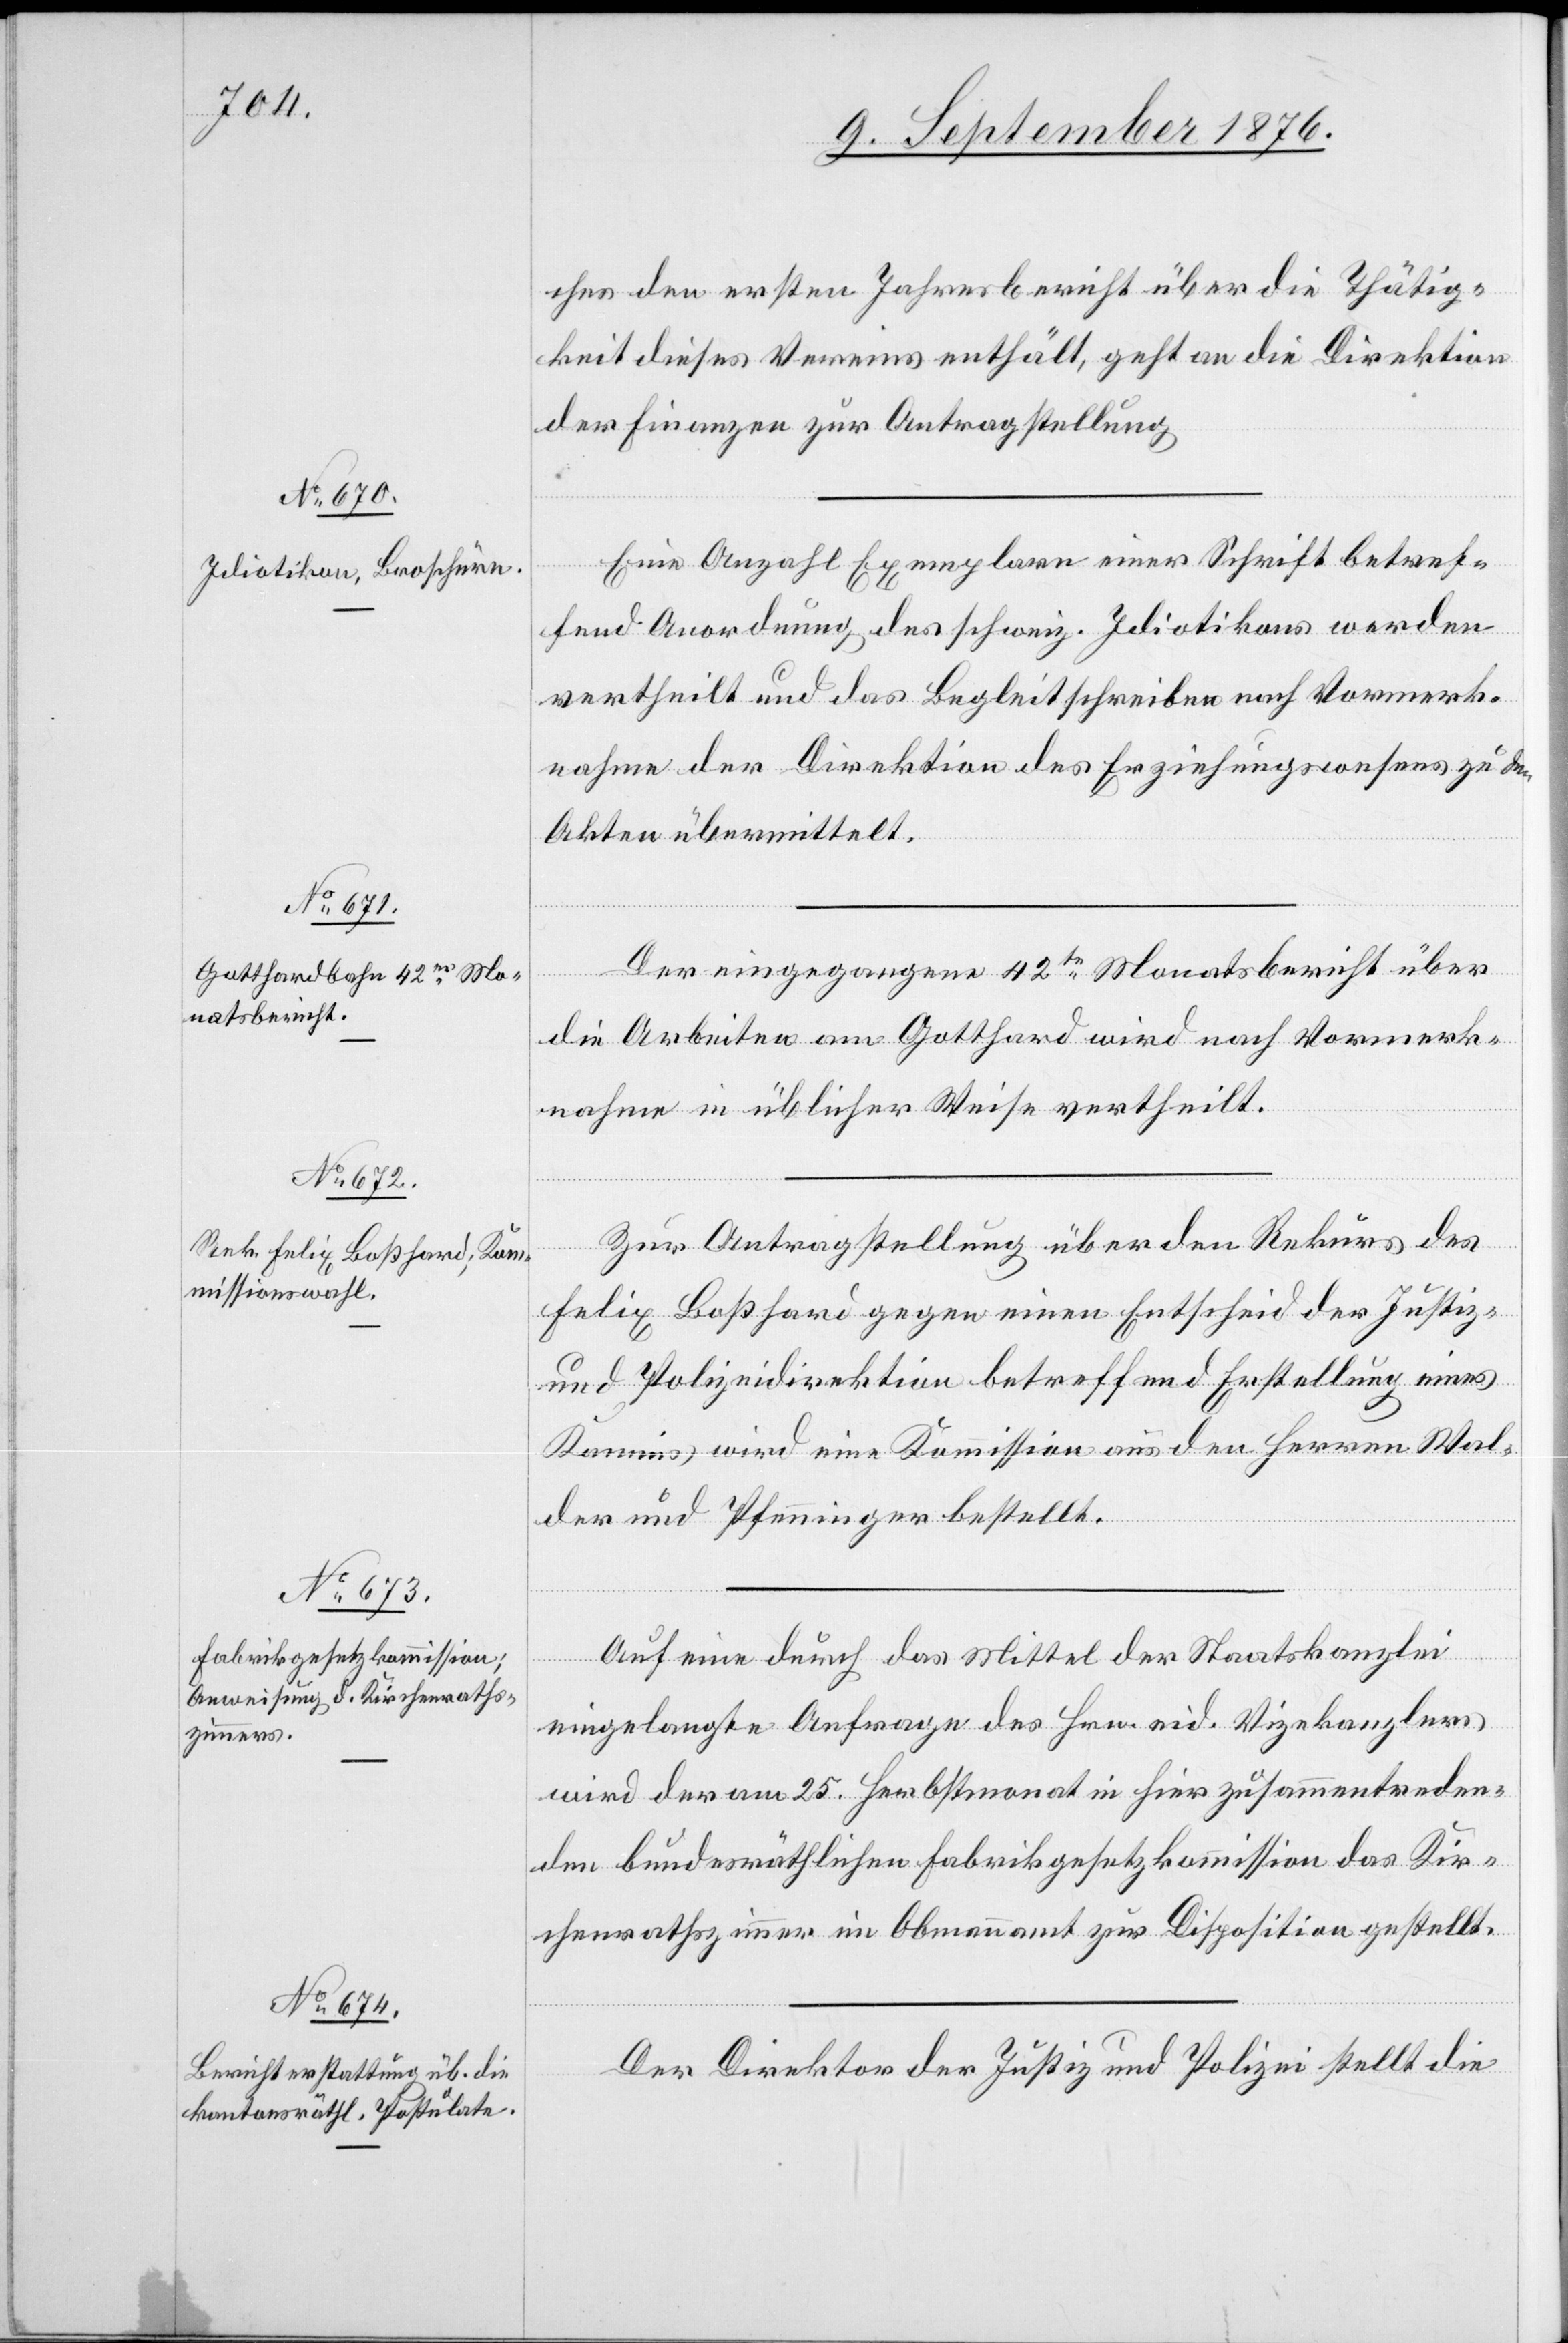
ches den ersten Jahresbericht über die Thätig¬
keit dieses Vereins enthält, geht an die Direktion
der Finanzen zur Antragstellung.
Eine Anzahl Exemplare einer Schrift betref¬
fend Anordnung des schweiz. Idiotikons werden
vertheilt und das Begleitschreiben nach Vormerk¬
nahme der Direktion des Erziehungswesens zu den
Akten übermittelt.
Der eingegangene 42te Monatsbericht über
die Arbeiten am Gotthard wird nach Vormerk¬
nahme in üblicher Weise vertheilt.
Zur Antragstellung über den Rekurs des
Felix Boßhard gegen einen Entscheid der Justiz-
und Polizeidirektion betreffend Erstellung eines
Kamins wird eine Kommission aus den Herren Wal¬
der und Pfenninger erstellt.
Auf eine durch das Mittel der Staatskanzlei
eingelangte Anfrage des Hrn. eid. Vizekanzlers
wird der am 25. Herbstmonat in hier zusammentreten¬
den bundesräthlichen Fabrikgesetzkommission das Kir¬
chenrathszimmer im Obmannamt zur Disposition gestellt.
Der Direktor der Justiz und Polizei stellt die